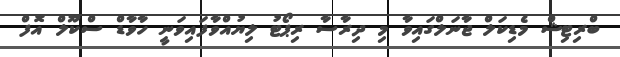
ބްރިޓިޝް މެޑިކަލް ޖާނަލްގައިވާ މި ދިރާސާ ރިޕޯޓު ލިޔުއްވާފައިވަނީ ހާވާޑް ސްކޫލް އޮފް